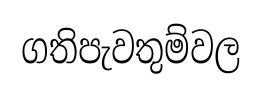
ගතිපැවතුම්වල